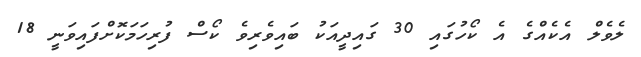
ލެވެލް އެކެއްގެ އެ ކޯހުގައި 30 ގައިދީއަކު ބައިވެރިވެ ކޯސް ފުރިހަމަކޮށްފައިވަނީ 18